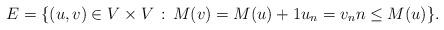
LaTeX: \begin{align*} E=\{ (u,v)\in V\times V\,:\,M(v)=M(u)+1u_n=v_nn\leq M(u)\}. \end{align*}